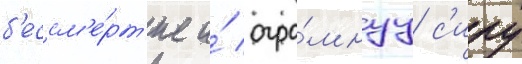
б'ессм'е́рт'ие и́ огро́мнуу с'илу